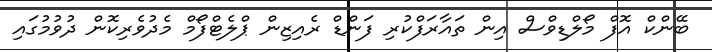
ބޭންކް އޮފް މޯލްޑިވްސް އިން ތައާރަފްކުރި ފަންޑް ރެއިޒިން ޕްލެޓްފޯމް މެދުވެރިކޮން ދުވުމުގައި